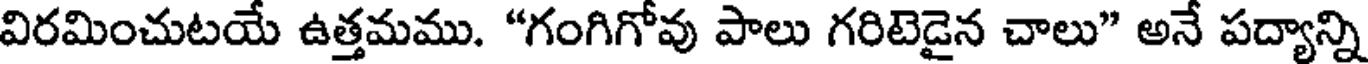
విరమించుటయే ఉత్తమము. "గంగిగోవు పాలు గరిటెడైన చాలు" అనే పద్యాన్ని